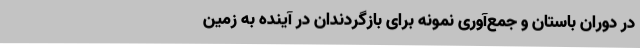
در دوران باستان و جمع‌آوری نمونه برای بازگردندان در آینده به زمین